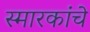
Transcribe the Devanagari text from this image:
स्मारकांचे